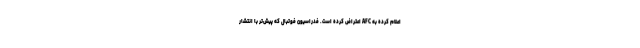
اعلام کرده به AFC اعتراض کرده است. فدراسیون فوتبال که پیش‌تر با انتشار